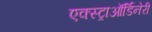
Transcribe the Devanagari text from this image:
एक्स्ट्राऑर्डिनेरी